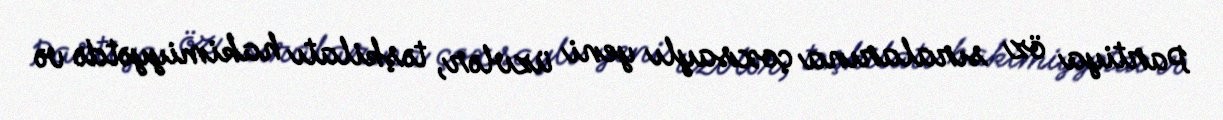
Partiya öz sıralarına çoxsaylı yeni üzvlər, təşkilatı hakimiyyətdə və